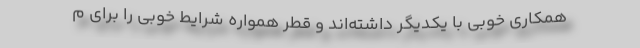
همکاری خوبی با یکدیگر داشته‌اند و قطر همواره شرایط خوبی را برای م